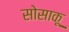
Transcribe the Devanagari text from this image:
सोसाकू